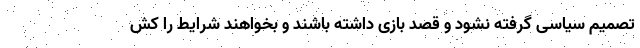
تصمیم سیاسی گرفته نشود و قصد بازی داشته باشند و بخواهند شرایط را کش